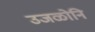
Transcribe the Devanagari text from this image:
उजळोनि